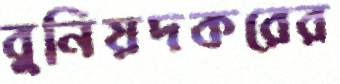
বুনিয়দকরের